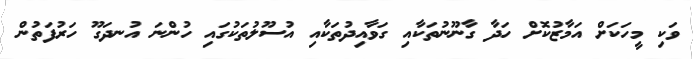
ވަކި މީހަކަށް އަމާޒުކޮށް ހަދާ ގާނޫނުތަކާއި ގަވާއިދުތަކާއި އުސޫލުތަކުގައި ހުންނަ އުނދަގޫ ހަރުފަތުން